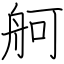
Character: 舸